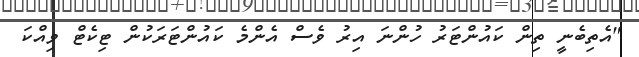
"އެތިބެނީ ތިން ކައުންޓަރު ހުންނަ އިރު ވެސް އެންމެ ކައުންޓަރަކުން ޓިކެޓް ވިއްކަ